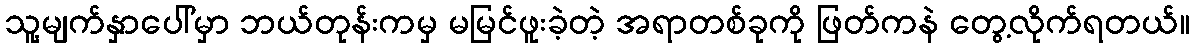
သူ့မျက်နှာပေါ်မှာ ဘယ်တုန်းကမှ မမြင်ဖူးခဲ့တဲ့ အရာတစ်ခုကို ဖြတ်ကနဲ တွေ့လိုက်ရတယ်။